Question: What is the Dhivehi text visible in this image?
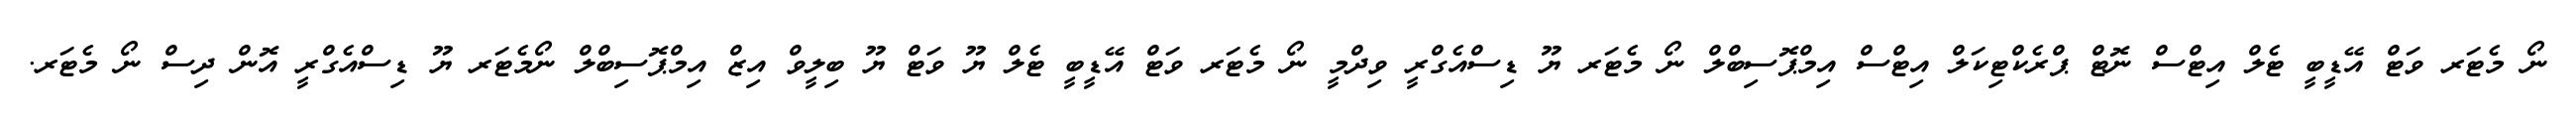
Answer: ނޯ މެޓަރ ވަޓް އޭޑީބީ ޓެލް އިޓްސް ނޮޓް ޕްރެކްޓިކަލް އިޓްސް އިމްޕޮސިބްލް ނޯ މެޓަރ ޔޫ ޑިސްއެގްރީ ވިދްމީ ނޯ މެޓަރ ވަޓް އޭޑީބީ ޓެލް ޔޫ ވަޓް ޔޫ ބިލީވް އިޒް އިމްޕޮސިބްލް ނޯމެޓަރ ޔޫ ޑިސްއެގްރީ އޮން ދިސް ނޯ މެޓަރ.